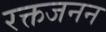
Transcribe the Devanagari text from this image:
रक्तजनन